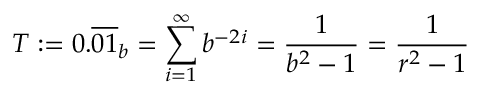
T : = 0 . { \overline { { 0 1 } } } _ { b } = \sum _ { i = 1 } ^ { \infty } b ^ { - 2 i } = { \frac { 1 } { b ^ { 2 } - 1 } } = { \frac { 1 } { r ^ { 2 } - 1 } }